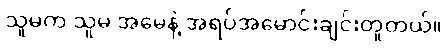
သူမက သူမ အမေနဲ့ အရပ်အမောင်းချင်းတူတယ်။